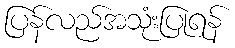
ပြန်လည်အသုံးပြုရန်